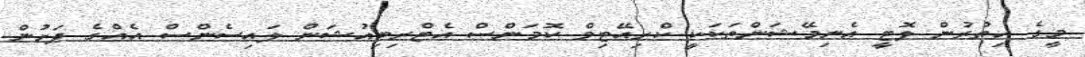
މީގެ އިތުރުން ލޮޓީ އެނިމޭޝަންތަކަކީ ކްރިއޭޓިވް ކޮމަންސް އެޓްރިބިއުޝަން ލައިސެންސް އެއްގެ ދަށުން